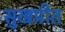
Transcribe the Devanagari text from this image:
सुखप्रीत